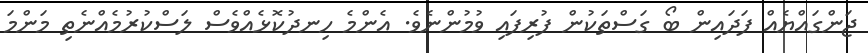
ޖަންގައްޔެއް ފަދައިން ބޯ ގަސްތަކުން ފުރިފައި ވުމުންނެވެ. އެންމެ ހިނދުކޮޅެއްވެސް ލަސްކުރުމެއްނެތި މަންމަ